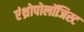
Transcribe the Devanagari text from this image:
एंथ्रोपोलॉजिस्ट